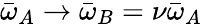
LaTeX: \bar{\omega}_{A}\rightarrow\bar{\omega}_{B}=\nu\bar{\omega}_{A}